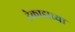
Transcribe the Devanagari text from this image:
टेकाडाच्या